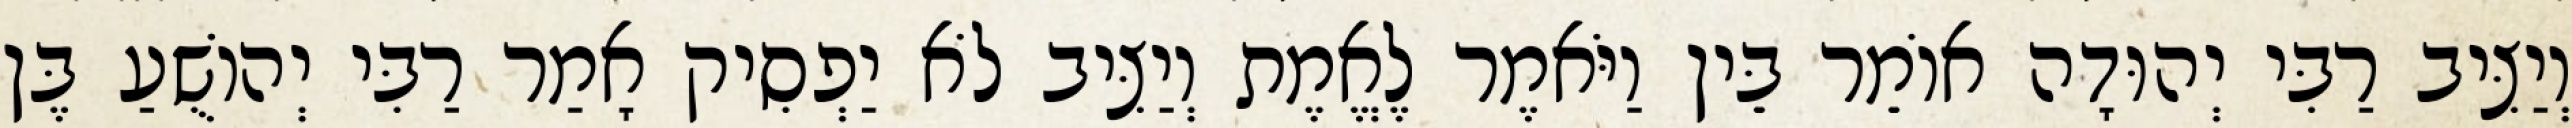
וְיַצִּיב רַבִּי יְהוּדָה אוֹמֵר בֵּין וַיֹּאמֶר לֶאֱמֶת וְיַצִּיב לֹא יַפְסִיק אָמַר רַבִּי יְהוֹשֻׁעַ בֶּן